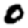
Digit: 0